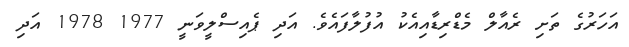
އަހަރުގެ ތަށި ރެއާލް މެޑްރިޑާއިއެކު އުފުލާފައެވެ. އަދި ޕެއިސްލީވަނީ 1977 1978 އަދި